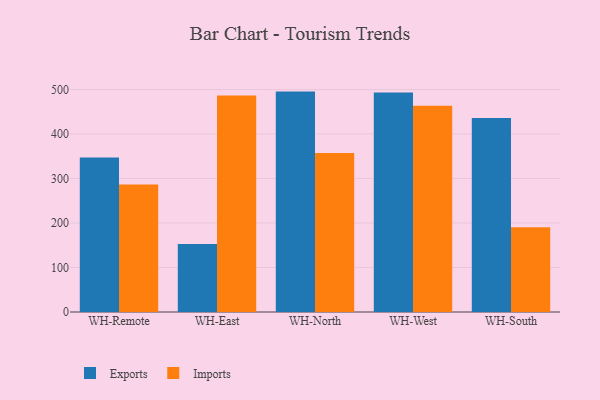
{"axis": {"x": "Warehouse", "y": "Satisfaction Score"}, "legend": ["Exports", "Imports"], "data": [{"x": "WH-Remote", "y": 347.3, "type": "Exports"}, {"x": "WH-Remote", "y": 286.8, "type": "Imports"}, {"x": "WH-East", "y": 152.7, "type": "Exports"}, {"x": "WH-East", "y": 486.5, "type": "Imports"}, {"x": "WH-North", "y": 495.3, "type": "Exports"}, {"x": "WH-North", "y": 357.4, "type": "Imports"}, {"x": "WH-West", "y": 493.1, "type": "Exports"}, {"x": "WH-West", "y": 463.6, "type": "Imports"}, {"x": "WH-South", "y": 436.0, "type": "Exports"}, {"x": "WH-South", "y": 190.6, "type": "Imports"}]}